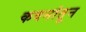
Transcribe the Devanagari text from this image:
कवनांतून